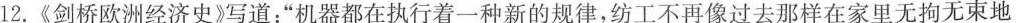
12.《剑桥欧洲经济史》写道：”机器都在执行着一种新的规律，纺工不再像过去那样在家里无拘无束地